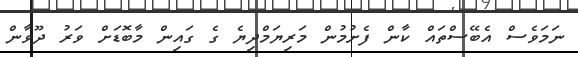
ނަމަވެސް އެބޭސްތައް ކާން ފެށުމުން މަރިޔަމްދިޔެ ގެ ގައިން މާބޮޑަށް ވަރު ދޫވާން